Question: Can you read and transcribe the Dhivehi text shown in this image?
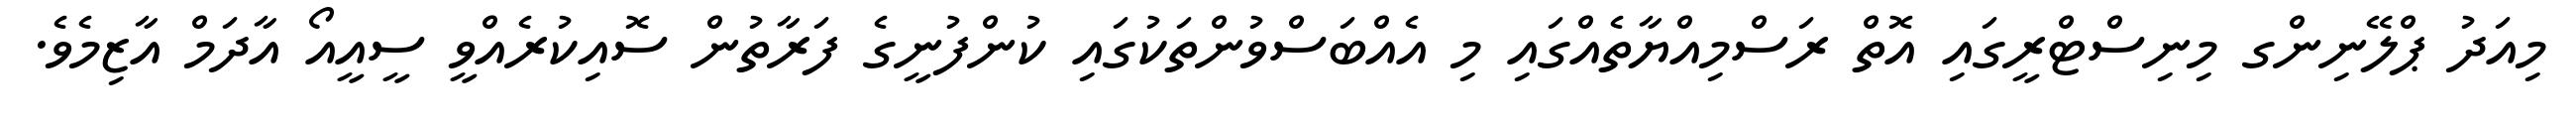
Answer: މިއަދު ޕްލޭނިންގ މިނިސްޓްރީގައި އޮތް ރަސްމިއްޔާތެއްގައި މި އެއްބަސްވުންތަކުގައި ކުންފުނީގެ ފަރާތުން ސޮއިކުރެއްވީ ސީއީއޯ އާދަމް އާޒިމެވެ.